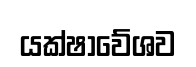
යක්ෂාවේශව